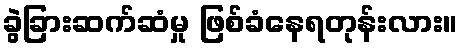
ခွဲခြားဆက်ဆံမှု ဖြစ်ခံနေရတုန်းလား။